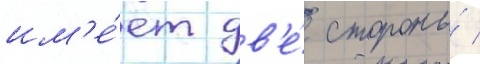
им'е́ет дв'е́ стороны́ /